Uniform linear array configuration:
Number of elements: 32
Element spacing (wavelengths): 0.75
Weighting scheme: kaiser
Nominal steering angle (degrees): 30
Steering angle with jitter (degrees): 31.436
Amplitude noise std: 0.05
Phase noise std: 0.05

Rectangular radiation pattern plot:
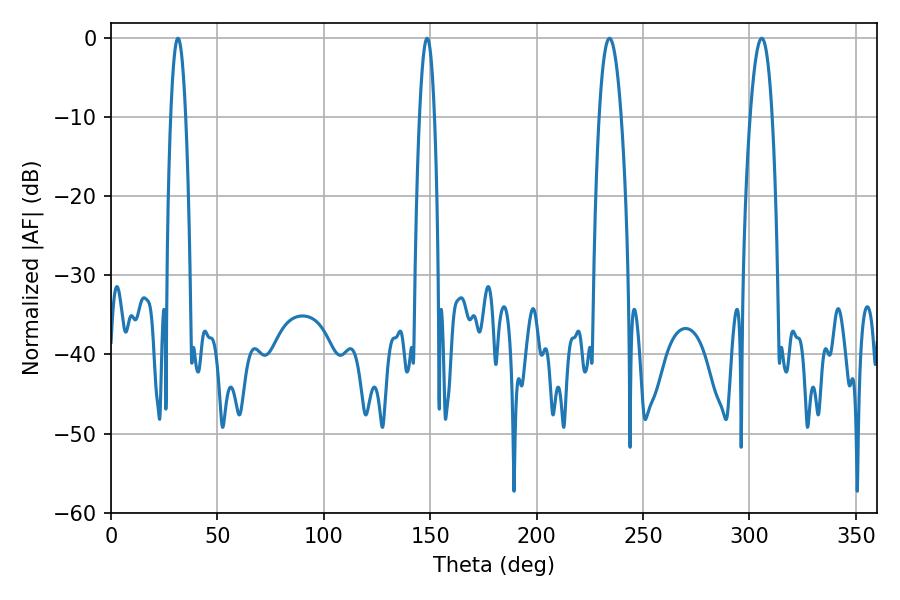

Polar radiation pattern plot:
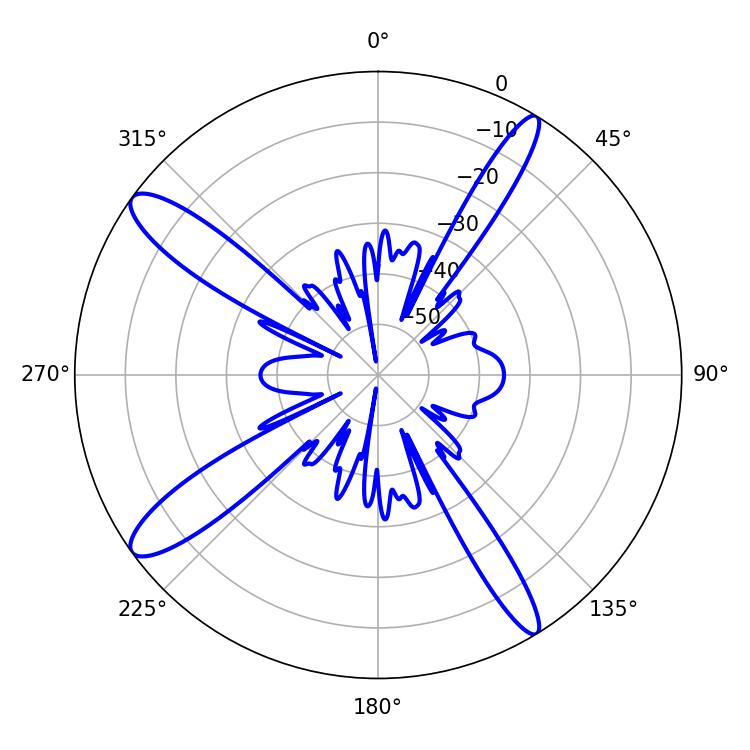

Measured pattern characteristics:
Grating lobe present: TRUE
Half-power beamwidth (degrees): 5.76
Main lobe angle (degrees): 305.82